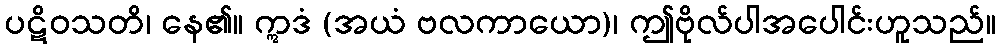
ပဋိဝသတိ၊ နေ၏။ ဣဒံ (အယံ ဗလကာယော)၊ ဤဗိုလ်ပါအပေါင်းဟူသည်။